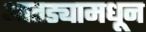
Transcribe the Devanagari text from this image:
आतड्यामधून